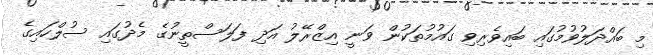
މި ބައްދަލުވުމުގައި ބައިވެރިވި ގައުމުތަކުން ވަނީ އިޒްރޭލު އަދި ފަލަސްތީނުގެ މެދުގައި ސުލްހައިގެ